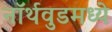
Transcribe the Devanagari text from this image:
नॉर्थवुडमध्ये